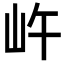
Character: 㞰